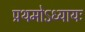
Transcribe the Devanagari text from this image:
प्रथमोऽध्यायः